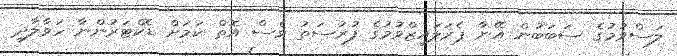
ލަސްވުމުގެ ސަބަބުން އޭނާ ޕެރަލައިޒްވުމުގެ ފުރުސަތު ވެސް އޮތް ކަމަށް ޑޮކްޓަރުންނާ ހަވާލާދީ